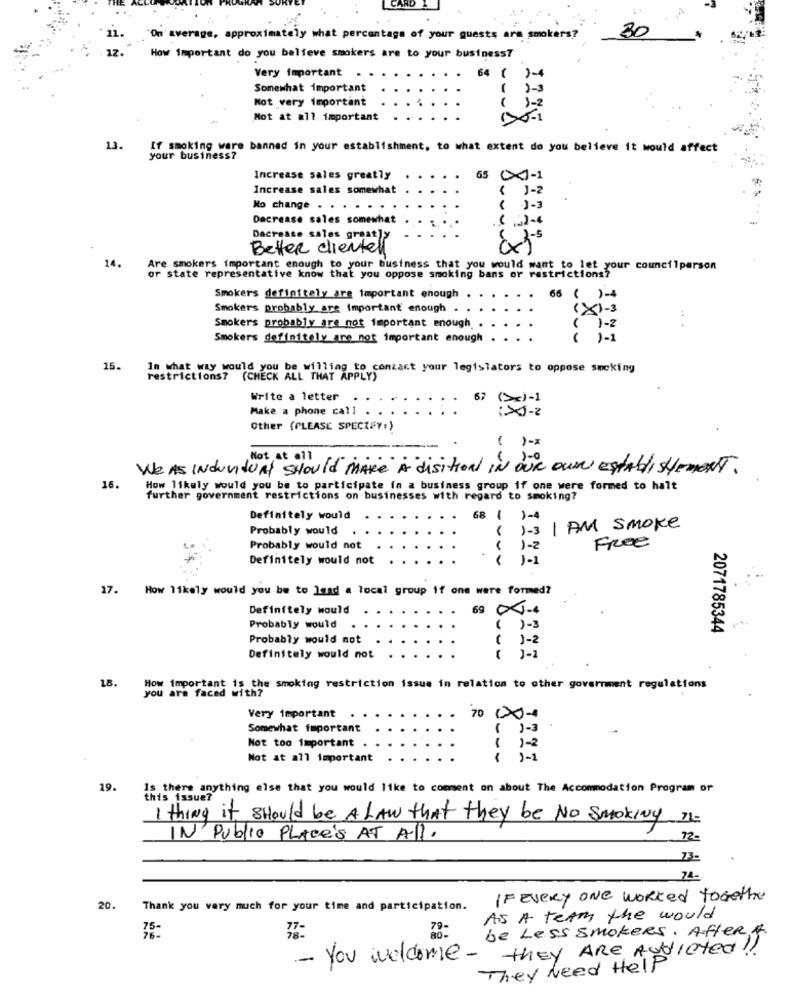
30
On average, approximately what percentage of your guests ars smokers?
17.
How Important do you believe smokers are to your business?
Very important
64 (
Somewhat important
Not very important
Mot at all important
1226
13.
If smoking ware banned in your establishment, to what extent do you believe it would affect
your business?
Increase sales greatly
65 0x1-1
Increase sales somewhat
No change . . . . .
( 3 - 3
Decrease sales somewhat
Decrease sales greatly
Better clientell
14.
Are smokers important enough to your business that you would want to let your councilperson
or state representative know that you oppose smoking bans or restrictions?
Smokers definitely are important enough
66 ( )-4
Smokers probably are important enough .
(X)-3
Smokers probably are not important enough.
Smokers definitely are not important enough
1-1
15.
In what way would you be willing to contact your legislators to oppose smoking
restrictions? (CHECK ALL THAT APPLY)
Write a letter
67
(3x)-1
Make a phone call
Other (PLEASE SPECIFY:)
-
( )-x
,Not at all
We As Individual should MARE À disition IN OUR own establishment.
16.
How likely would you be to participate in a business group if one were formed to halt
further government restrictions on businesses with regard to smoking?
Definitely would
68 ( ) -4
Probably would
( )-3 I AM Smoke
Probably would not
( 1 - 2
Free
Definitely would not
( )-1
17.
How 11kely would you be to land a local group if one were formed?
Definitely would
69 04-4
Probably would
( )-3
2071785344
Probably would not
( )-2
Definitely would not
18.
you are faced with?
is the smokfag restriction issue in relation to other government regulations
Very important
70 00-4
Somewhat important
( 1 - 3
Not too important
1
1-2
Not at all important
1-1
19.
Is there anything else that you would like to comment on about The Accommodation Program or
this issue?
I thing it Should be A LAW that they be No smoking II-
IN Public PLAce's AT All.
12-
73-
74-
IF Every One worked together
20.
Thank you very much for your time and participation.
AS A teAM the would
35:
79-
be Less SmokeRS. AfterA
- You welcome - they ARE Addicted !!
They Need Help